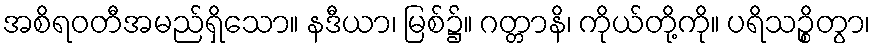
အစိရဝတီအမည်ရှိသော။ နဒီယာ၊ မြစ်၌။ ဂတ္တာနိ၊ ကိုယ်တို့ကို။ ပရိသဉ္စိတွာ၊